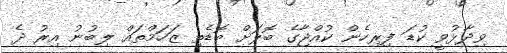
ވިދާޅުވީ ކުޑަ ފިރިހެން ކުއްޖާގެ ބޮލަށް ބޮޑެތި ޒަހަމްތައް ލިބުނު އިރު ދެ